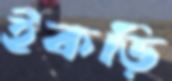
ইকড়ি